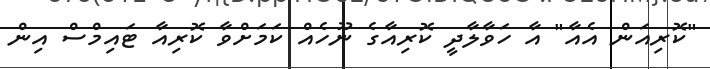
"ކޮރިއަން އެއާ" އާ ހަވާލާދީ ކޮރިއާގެ ނޫހެއް ކަމަށްވާ ކޮރިއާ ޓައިމްސް އިން